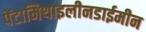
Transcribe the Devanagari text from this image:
पेंटामिथाइलीनडाईमीन